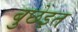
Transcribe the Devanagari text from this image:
बुछेइत